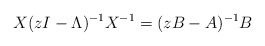
\begin{align*}X (zI - \Lambda)^{-1} X^{-1} = (zB - A)^{-1} B\end{align*}